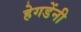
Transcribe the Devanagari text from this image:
हेगडेंनी